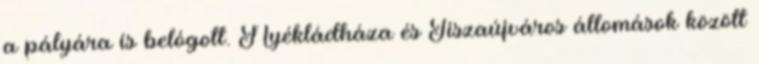
a pályára is belógott. Nyékládháza és Tiszaújváros állomások között